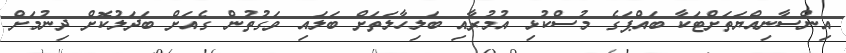
އިންސާނިއްޔަތަށްޓަކާ ބައްޕަގެ މުސްކުޅި އުމުރާއި ބަލިހާލަތަށް ބަލައި ވަގުތުން ގެއަށް ބަދަލުކޮށް ދިނުމަށް